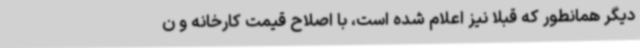
دیگر همانطور که قبلا نیز اعلام شده است، با اصلاح قیمت کارخانه و ن